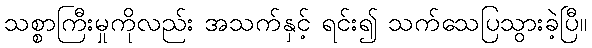
သစ္စာကြီးမှုကိုလည်း အသက်နှင့် ရင်း၍ သက်သေပြသွားခဲ့ပြီ။